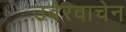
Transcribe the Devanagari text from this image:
उबेरवाचेन